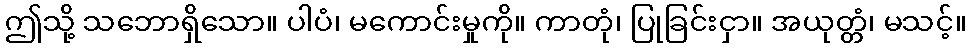
ဤသို့ သဘောရှိသော။ ပါပံ၊ မကောင်းမှုကို။ ကာတုံ၊ ပြုခြင်းငှာ။ အယုတ္တံ၊ မသင့်။